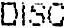
DISC